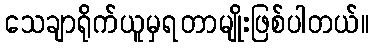
သေချာရိုက်ယူမှရတာမျိုးဖြစ်ပါတယ်။